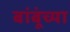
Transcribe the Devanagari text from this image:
बांबूंच्या